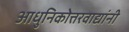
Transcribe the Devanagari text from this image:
आधुनिकोत्तरवाद्यांनी